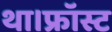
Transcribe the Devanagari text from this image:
था।फ्रॉस्ट